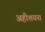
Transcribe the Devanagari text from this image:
अहीशयना